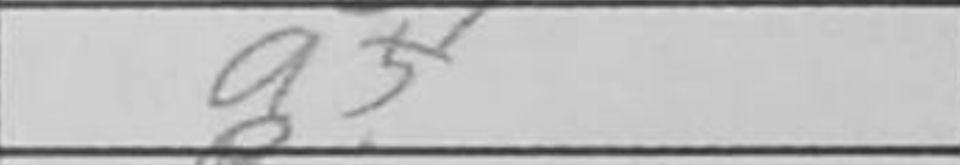
Transcription: a5